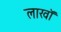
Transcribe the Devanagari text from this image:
लाखॉ